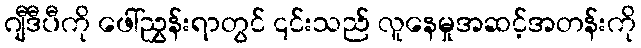
ဂျီဒီပီကို ဖေါ်ညွှန်းရာတွင် ၎င်းသည် လူနေမှုအဆင့်အတန်းကို